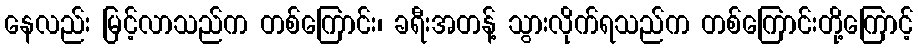
နေလည်း မြင့်လာသည်က တစ်ကြောင်း၊ ခရီးအတန့် သွားလိုက်ရသည်က တစ်ကြောင်းတို့ကြောင့်